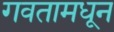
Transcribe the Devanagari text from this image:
गवतामधून